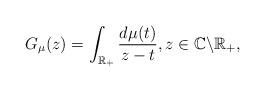
LaTeX: \begin{align*}G_{\mu}(z)=\int_{\mathbb{R}_{+}}\frac{d\mu(t)}{z-t},z\in\mathbb{C}\backslash\mathbb{R}_{+},\end{align*}